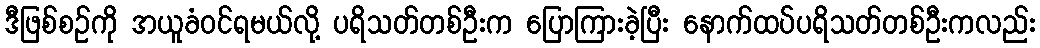
ဒီဖြစ်စဉ်ကို အယူခံဝင်ရမယ်လို့ ပရိသတ်တစ်ဦးက ပြောကြားခဲ့ပြီး နောက်ထပ်ပရိသတ်တစ်ဦးကလည်း